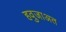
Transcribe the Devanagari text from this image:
हवुजाअत